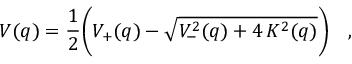
V ( q ) = \frac { 1 } { 2 } \biggl ( V _ { + } ( q ) - \sqrt { V _ { - } ^ { 2 } ( q ) + 4 \, K ^ { 2 } ( q ) } \biggr ) \quad ,